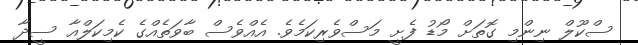
ސްކޫލް ނިންމި ގޮތަށް މޯޑު ފެށީ މަސްވެރިކަމެވެ. އެއްވެސް ބާވަތެއްގެ ކެމިކަލްއާ ސީދާ